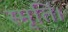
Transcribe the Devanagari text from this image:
स्मृति।